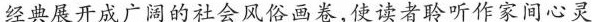
经典展开成广阔的社会风俗画卷，使读者聆听作家间心灵